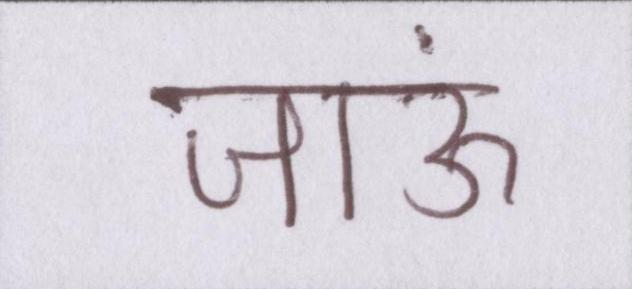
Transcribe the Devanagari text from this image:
जाऊं